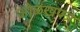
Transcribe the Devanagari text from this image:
ओळखपत्रे